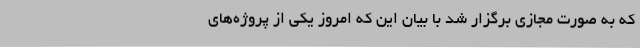
که به صورت مجازی برگزار شد با بیان این که امروز یکی از پروژه‌های